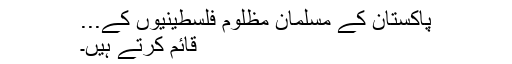
پاکستان کے مسلمان مظلوم فلسطینیوں کے...
قائم کرتے ہیں۔